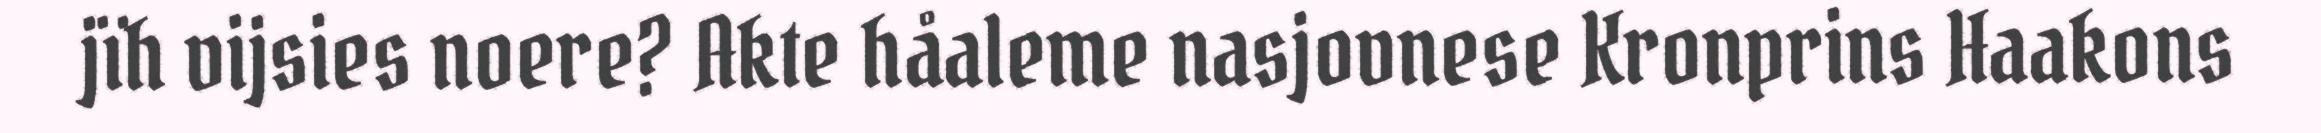
jïh vijsies noere? Akte håaleme nasjovnese Kronprins Haakons